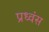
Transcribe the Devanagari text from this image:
प्रध्वंस